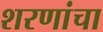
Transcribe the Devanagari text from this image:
शरणांचा